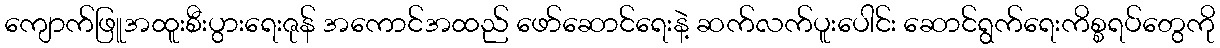
ကျောက်ဖြူအထူးစီးပွားရေးဇုန် အကောင်အထည် ဖော်ဆောင်ရေးနဲ့ ဆက်လက်ပူးပေါင်း ဆောင်ရွက်ရေးကိစ္စရပ်တွေကို